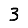
Digit: 3